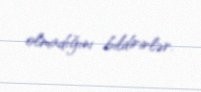
olmadığını bildirirlər.